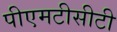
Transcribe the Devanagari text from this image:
पीएमटीसीटी